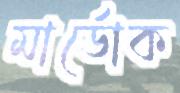
মার্ডোক